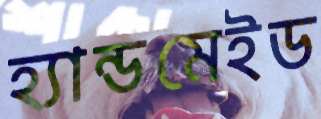
হ্যান্ডমেইড